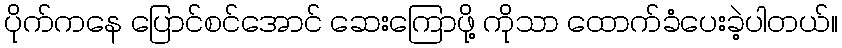
ပိုက်ကနေ ပြောင်စင်အောင် ဆေးကြောဖို့ ကိုသာ ထောက်ခံပေးခဲ့ပါတယ်။